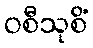
ဝစီသုစိံ